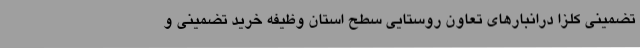
تضمینی کلزا درانبارهای تعاون روستایی سطح استان وظیفه خرید تضمینی و